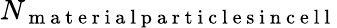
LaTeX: N_{\mathrm{~m~a~t~e~r~i~a~l~p~a~r~t~i~c~l~e~s~i~n~c~e~l~l~}}